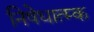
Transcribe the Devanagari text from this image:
निषेधात्म्क